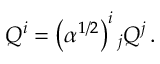
Q ^ { i } = \left( \alpha ^ { 1 / 2 } \right) ^ { i } { } _ { j } Q ^ { j } \, .